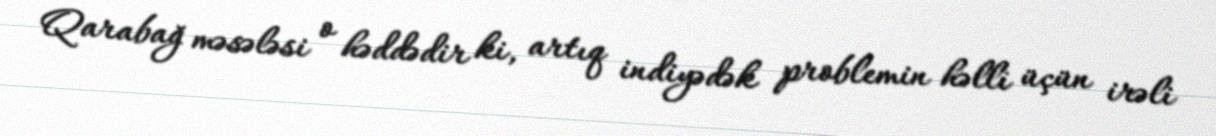
Qarabağ məsələsi o həddədir ki, artıq indiyədək problemin həlli üçün irəli